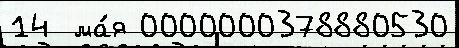
14  ма́я 0000000378880530